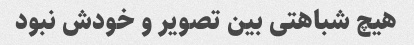
هیچ شباهتی بین تصویر و خودش نبود